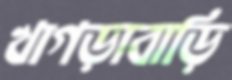
খাগড়াবাড়ি